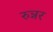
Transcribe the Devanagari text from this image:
रुन्नर